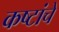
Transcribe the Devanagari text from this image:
कष्टांचे